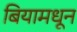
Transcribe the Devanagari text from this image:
बियामधून